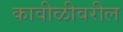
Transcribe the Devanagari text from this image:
कावीळीवरील